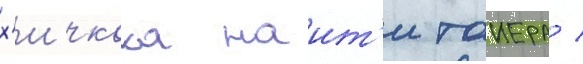
х'ичкока наит'и таиера /